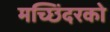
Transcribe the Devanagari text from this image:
मच्छिंदरको